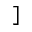
]